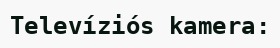
Televíziós kamera: